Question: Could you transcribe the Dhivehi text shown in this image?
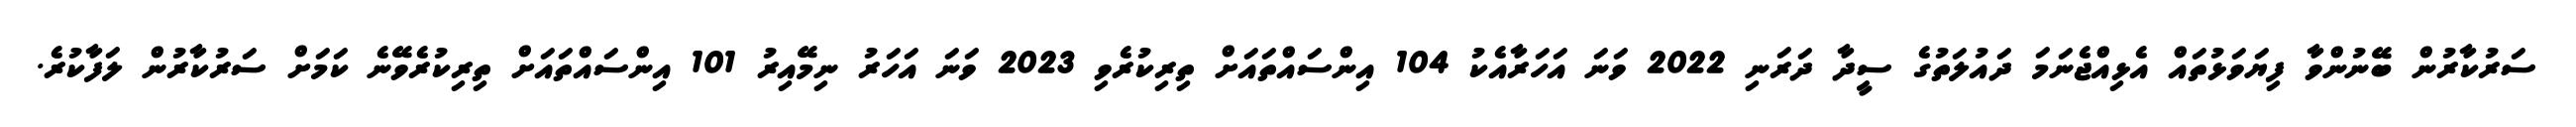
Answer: ސަރުކާރުން ބޭނުންވާ ފިޔަވަޅުތައް އެޅިއްޖެނަމަ ދައުލަތުގެ ސީދާ ދަރަނި 2022 ވަނަ އަހަރާއެކު 104 އިންސައްތައަށް ތިރިކުރެވި 2023 ވަނަ އަހަރު ނިމޭއިރު 101 އިންސައްތައަށް ތިރިކުރެވޭނެ ކަމަށް ސަރުކާރުން ލަފާކުރެ.